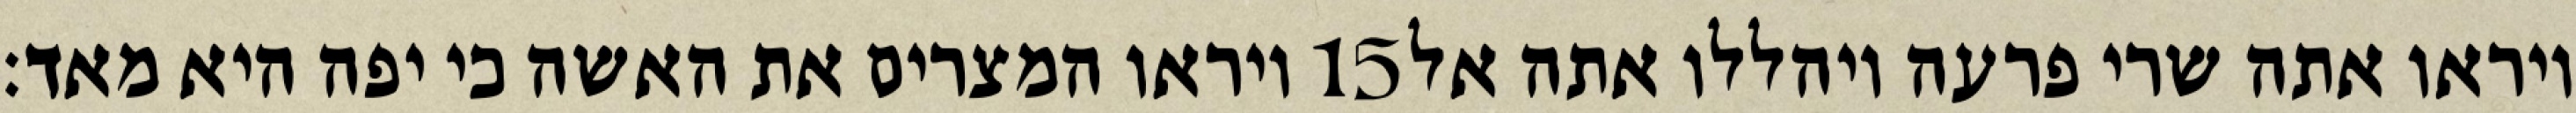
ויראו המצרים את האשה כי יפה היא מאד׃ ‎15‏ ויראו אתה שרי פרעה ויהללו אתה אל